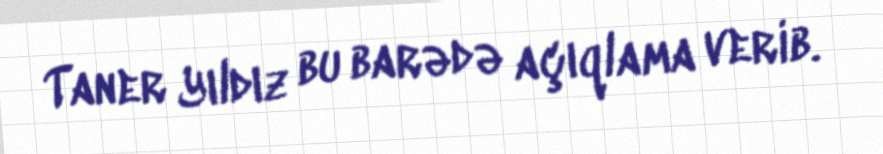
Taner Yıldız bu barədə açıqlama verib.